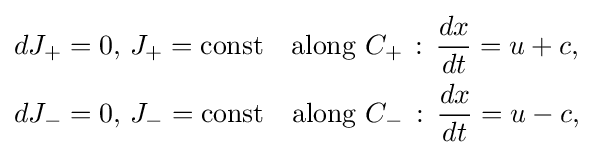
{\begin{aligned}&dJ_{+}=0,\,J_{+}={\text{const}}\quad {\text{along}}\,\,C_{+}\,:\,{\frac {dx}{dt}}=u+c,\\&dJ_{-}=0,\,J_{-}={\text{const}}\quad {\text{along}}\,\,C_{-}\,:\,{\frac {dx}{dt}}=u-c,\end{aligned}}